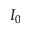
I _ { 0 }